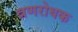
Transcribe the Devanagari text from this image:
व्रणरोधक